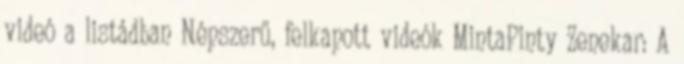
videó a listádban Népszerű, felkapott videók MintaPinty Zenekar: A